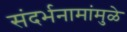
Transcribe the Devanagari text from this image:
संदर्भनामांमुळे